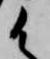
御